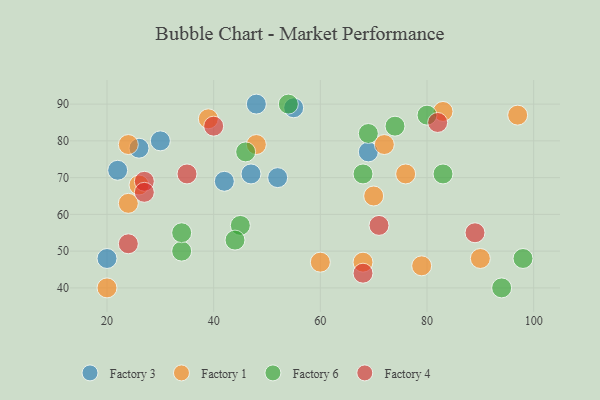
{"axis": {"x": "GDP", "y": "Life Expectancy"}, "legend": ["Factory 1", "Factory 3", "Factory 4", "Factory 6"], "data": [{"x": "55", "y": 89, "type": "Factory 3"}, {"x": "30", "y": 80, "type": "Factory 3"}, {"x": "48", "y": 90, "type": "Factory 3"}, {"x": "52", "y": 70, "type": "Factory 3"}, {"x": "47", "y": 71, "type": "Factory 3"}, {"x": "20", "y": 48, "type": "Factory 3"}, {"x": "22", "y": 72, "type": "Factory 3"}, {"x": "69", "y": 77, "type": "Factory 3"}, {"x": "26", "y": 78, "type": "Factory 3"}, {"x": "42", "y": 69, "type": "Factory 3"}, {"x": "68", "y": 47, "type": "Factory 1"}, {"x": "24", "y": 79, "type": "Factory 1"}, {"x": "24", "y": 63, "type": "Factory 1"}, {"x": "39", "y": 86, "type": "Factory 1"}, {"x": "76", "y": 71, "type": "Factory 1"}, {"x": "60", "y": 47, "type": "Factory 1"}, {"x": "20", "y": 40, "type": "Factory 1"}, {"x": "48", "y": 79, "type": "Factory 1"}, {"x": "70", "y": 65, "type": "Factory 1"}, {"x": "97", "y": 87, "type": "Factory 1"}, {"x": "90", "y": 48, "type": "Factory 1"}, {"x": "83", "y": 88, "type": "Factory 1"}, {"x": "72", "y": 79, "type": "Factory 1"}, {"x": "79", "y": 46, "type": "Factory 1"}, {"x": "26", "y": 68, "type": "Factory 1"}, {"x": "54", "y": 90, "type": "Factory 6"}, {"x": "46", "y": 77, "type": "Factory 6"}, {"x": "94", "y": 40, "type": "Factory 6"}, {"x": "34", "y": 50, "type": "Factory 6"}, {"x": "98", "y": 48, "type": "Factory 6"}, {"x": "74", "y": 84, "type": "Factory 6"}, {"x": "45", "y": 57, "type": "Factory 6"}, {"x": "44", "y": 53, "type": "Factory 6"}, {"x": "83", "y": 71, "type": "Factory 6"}, {"x": "80", "y": 87, "type": "Factory 6"}, {"x": "69", "y": 82, "type": "Factory 6"}, {"x": "34", "y": 55, "type": "Factory 6"}, {"x": "68", "y": 71, "type": "Factory 6"}, {"x": "89", "y": 55, "type": "Factory 4"}, {"x": "27", "y": 69, "type": "Factory 4"}, {"x": "40", "y": 84, "type": "Factory 4"}, {"x": "71", "y": 57, "type": "Factory 4"}, {"x": "35", "y": 71, "type": "Factory 4"}, {"x": "27", "y": 66, "type": "Factory 4"}, {"x": "82", "y": 85, "type": "Factory 4"}, {"x": "24", "y": 52, "type": "Factory 4"}, {"x": "68", "y": 44, "type": "Factory 4"}]}